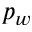
p _ { w }